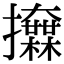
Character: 𢺌